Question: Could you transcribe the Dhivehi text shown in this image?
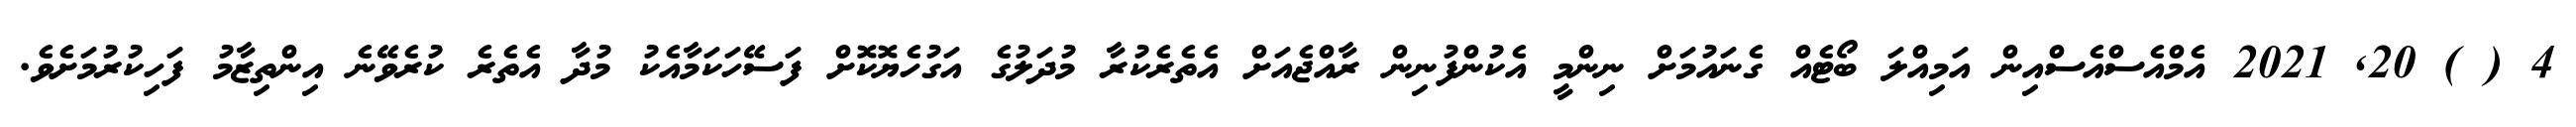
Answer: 4 ( ) 20, 2021 އެމްއެސްއެސްއިން އަމިއްލަ ބޯޓެއް ގެނައުމަށް ނިންމީ އެކުންފުނިން ރާއްޖެއަށް އެތެރެކުރާ މުދަލުގެ އަގުހެޔޮކޮށް ފަސޭހަކަމާއެކު މުދާ އެތެރެ ކުރެވޭނެ އިންތިޒާމު ފަހިކުރުމަށެވެ.